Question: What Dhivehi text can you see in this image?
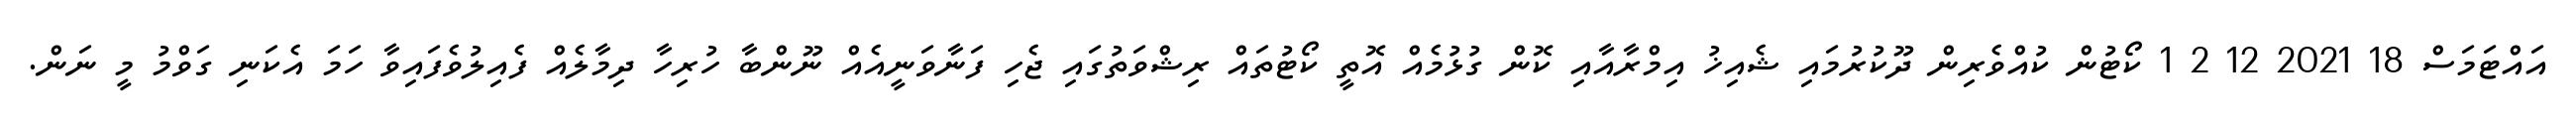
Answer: އައްޓަމަސް 18 2021 12 2 1 ކޯޓުން ކުއްވެރިން ދޫކުރުމައި ޝެއިޚު އިމްރާއާއި ކޮން ގުޅުމެއް އޮތީ ކޯޓުތައް ރިޝްވަތުގައި ޖެހި ފަނާވަނީއެއް ނޫންބާ ހުރިހާ ދިމާލެއް ފެއިލުވެފައިވާ ހަމަ އެކަނި ގަވްމު މީ ނަން.